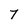
Character: 7